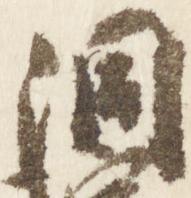
洞